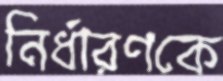
নির্ধারণকে